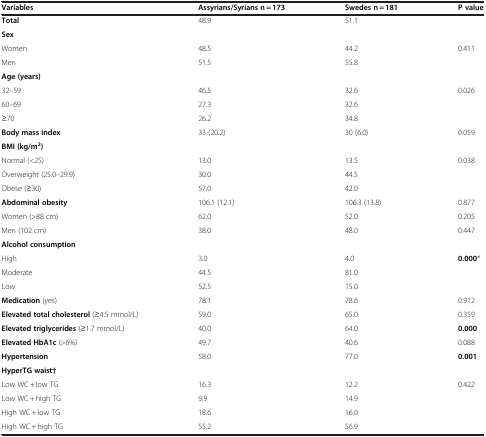
<table><thead><tr><td><b>Variables</b></td><td><b>Assyrians/Syrians n = 173</b></td><td><b>Swedes n = 181</b></td><td><b>P value</b></td></tr></thead><tbody><tr><td><b>Total</b></td><td>48.9</td><td>51.1</td><td> </td></tr><tr><td colspan="4"><b>Sex</b></td></tr><tr><td>Women</td><td>48.5</td><td>44.2</td><td>0.411</td></tr><tr><td>Men</td><td>51.5</td><td>55.8</td><td> </td></tr><tr><td colspan="4"><b>Age (years)</b></td></tr><tr><td>32–59</td><td>46.5</td><td>32.6</td><td>0.026</td></tr><tr><td>60–69</td><td>27.3</td><td>32.6</td><td> </td></tr><tr><td>≥70</td><td>26.2</td><td>34.8</td><td> </td></tr><tr><td><b>Body mass index</b></td><td>33 (20.2)</td><td>30 (6.0)</td><td>0.059</td></tr><tr><td colspan="4"><b>BMI (kg/m</b><sup><b>2</b></sup><b>)</b></td></tr><tr><td>Normal (&lt;25)</td><td>13.0</td><td>13.5</td><td>0.038</td></tr><tr><td>Overweight (25.0–29.9)</td><td>30.0</td><td>44.5</td><td> </td></tr><tr><td>Obese (≥30)</td><td>57.0</td><td>42.0</td><td> </td></tr><tr><td><b>Abdominal obesity</b></td><td>106.1 (12.1)</td><td>106.3 (13.8)</td><td>0.877</td></tr><tr><td>Women (&gt;88 cm)</td><td>62.0</td><td>52.0</td><td>0.205</td></tr><tr><td>Men (102 cm)</td><td>38.0</td><td>48.0</td><td>0.447</td></tr><tr><td colspan="4"><b>Alcohol consumption</b></td></tr><tr><td>High</td><td>3.0</td><td>4.0</td><td><b>0.000</b>*</td></tr><tr><td>Moderate</td><td>44.5</td><td>81.0</td><td> </td></tr><tr><td>Low</td><td>52.5</td><td>15.0</td><td> </td></tr><tr><td><b>Medication</b> (yes)</td><td>78.1</td><td>78.6</td><td>0.912</td></tr><tr><td><b>Elevated total cholesterol</b> (≥4.5 mmol/L)</td><td>59.0</td><td>65.0</td><td>0.359</td></tr><tr><td><b>Elevated triglycerides</b> (≥1.7 mmol/L)</td><td>40.0</td><td>64.0</td><td><b>0.000</b></td></tr><tr><td><b>Elevated HbA1c</b> (&gt;6%)</td><td>49.7</td><td>40.6</td><td>0.088</td></tr><tr><td><b>Hypertension</b></td><td>58.0</td><td>77.0</td><td><b>0.001</b></td></tr><tr><td colspan="4"><b>HyperTG waist†</b></td></tr><tr><td>Low WC + low TG</td><td>16.3</td><td>12.2</td><td>0.422</td></tr><tr><td>Low WC + high TG</td><td>9.9</td><td>14.9</td><td> </td></tr><tr><td>High WC + low TG</td><td>18.6</td><td>16.0</td><td> </td></tr><tr><td>High WC + high TG</td><td>55.2</td><td>56.9</td><td> </td></tr></tbody></table>